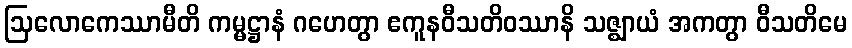
ဩလောကေဿာမီတိ ကမ္မဋ္ဌာနံ ဂဟေတွာ ဧကူနဝီသတိဝဿာနိ သဇ္ဈာယံ အကတွာ ဝီသတိမေ